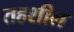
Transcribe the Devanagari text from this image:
तहशील